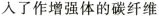
入了作增强体的碳纤维